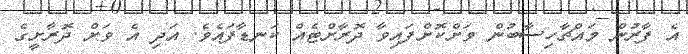
އެ ފާރުން މައްޗާހިސާބުން ވަށްކޮށްފައިވާ ދޮރާށްޓެއް ކަނޑާފައެވެ. އަދި އެ ވަށް ދޮރާށީގެ